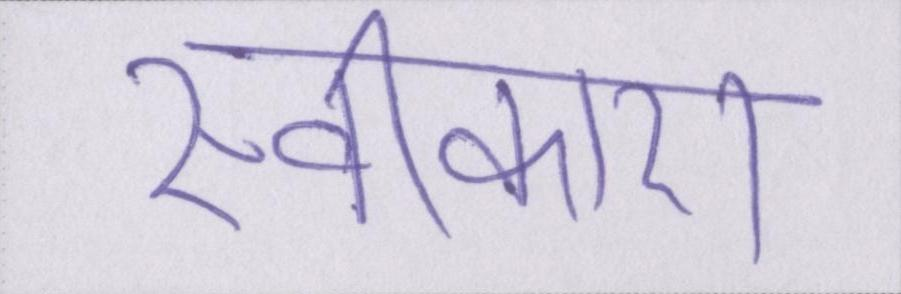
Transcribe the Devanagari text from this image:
स्वीकारा